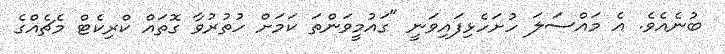
ބުނެއެވެ. އެ މައްސަލަ ހުށަހެޅިފައިވަނީ "ގައުމީވަންތަ ކަމަށް ހުތުރުވާ ގޮތައް ކްރިކެޓް މެޗެއްގެ